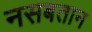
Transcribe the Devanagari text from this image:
नसबतान